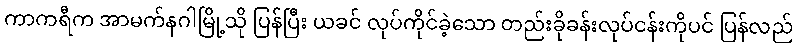
ကာကရီက အာမက်နဂါမြို့သို ပြန်ပြီး ယခင် လုပ်ကိုင်ခဲ့သော တည်းခိုခန်းလုပ်ငန်းကိုပင် ပြန်လည်